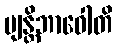
ဗျန္တိဘာဝေါတိ